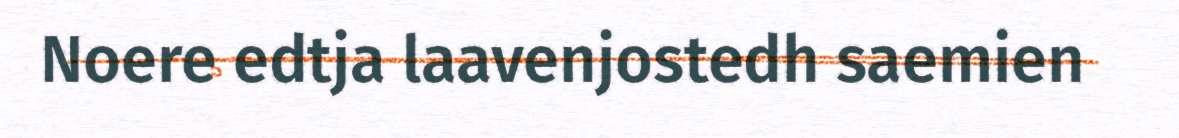
Noere edtja laavenjostedh saemien